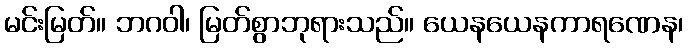
မင်းမြတ်။ ဘဂဝါ၊ မြတ်စွာဘုရားသည်။ ယေနယေနကာရဏေန၊